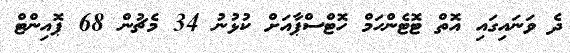
ދެ ވަނައިގައި އޮތް ޓޮޓެންހަމް ހޮޓްސްޕާއަށް ކުޅުނު 34 މެޗުން 68 ޕޮއިންޓް